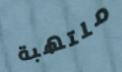
ملتهبة